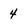
Character: 4